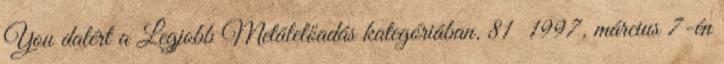
You dalért a Legjobb Metálelőadás kategóriában. 81 1997. március 7-én